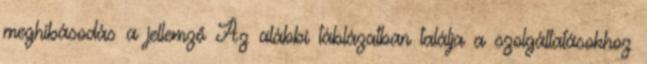
meghibásodás a jellemző Az alábbi táblázatban találja a szolgáltatásokhoz